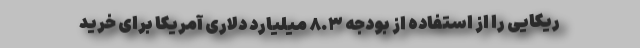
ریکایی را از استفاده از بودجه ۸.۳ میلیارد دلاری آمریکا برای خرید